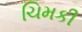
ચિમકી